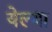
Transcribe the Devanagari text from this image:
येल्या